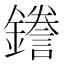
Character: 𮣖